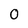
Character: 0